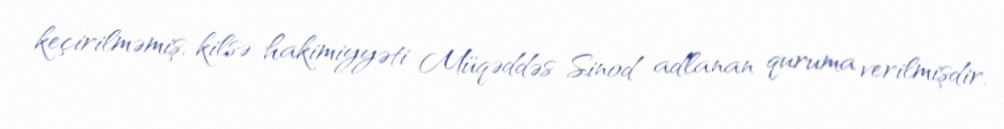
keçirilməmiş, kilsə hakimiyyəti Müqəddəs Sinod adlanan quruma verilmişdir.